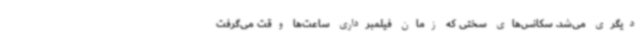
دیگری می‌شد. سکانس‌های سختی که زمان فیلمبرداری ساعت‌ها وقت می‌گرفت